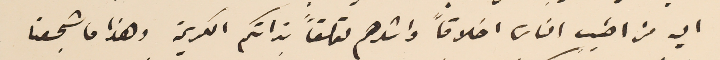
اليه من اطيب الناس اخلاقاً واشدهم تعلقاً بذاتكم الكريمة وهذا ما شجعنا